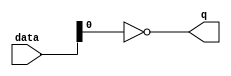
module  acl_fp_sub_double_altpriority_encoder_n28
	( 
	data,
	q) ;
	input   [1:0]  data;
	output   [0:0]  q;
	assign
		q = {(~ data[0])};
endmodule